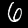
Label: 6